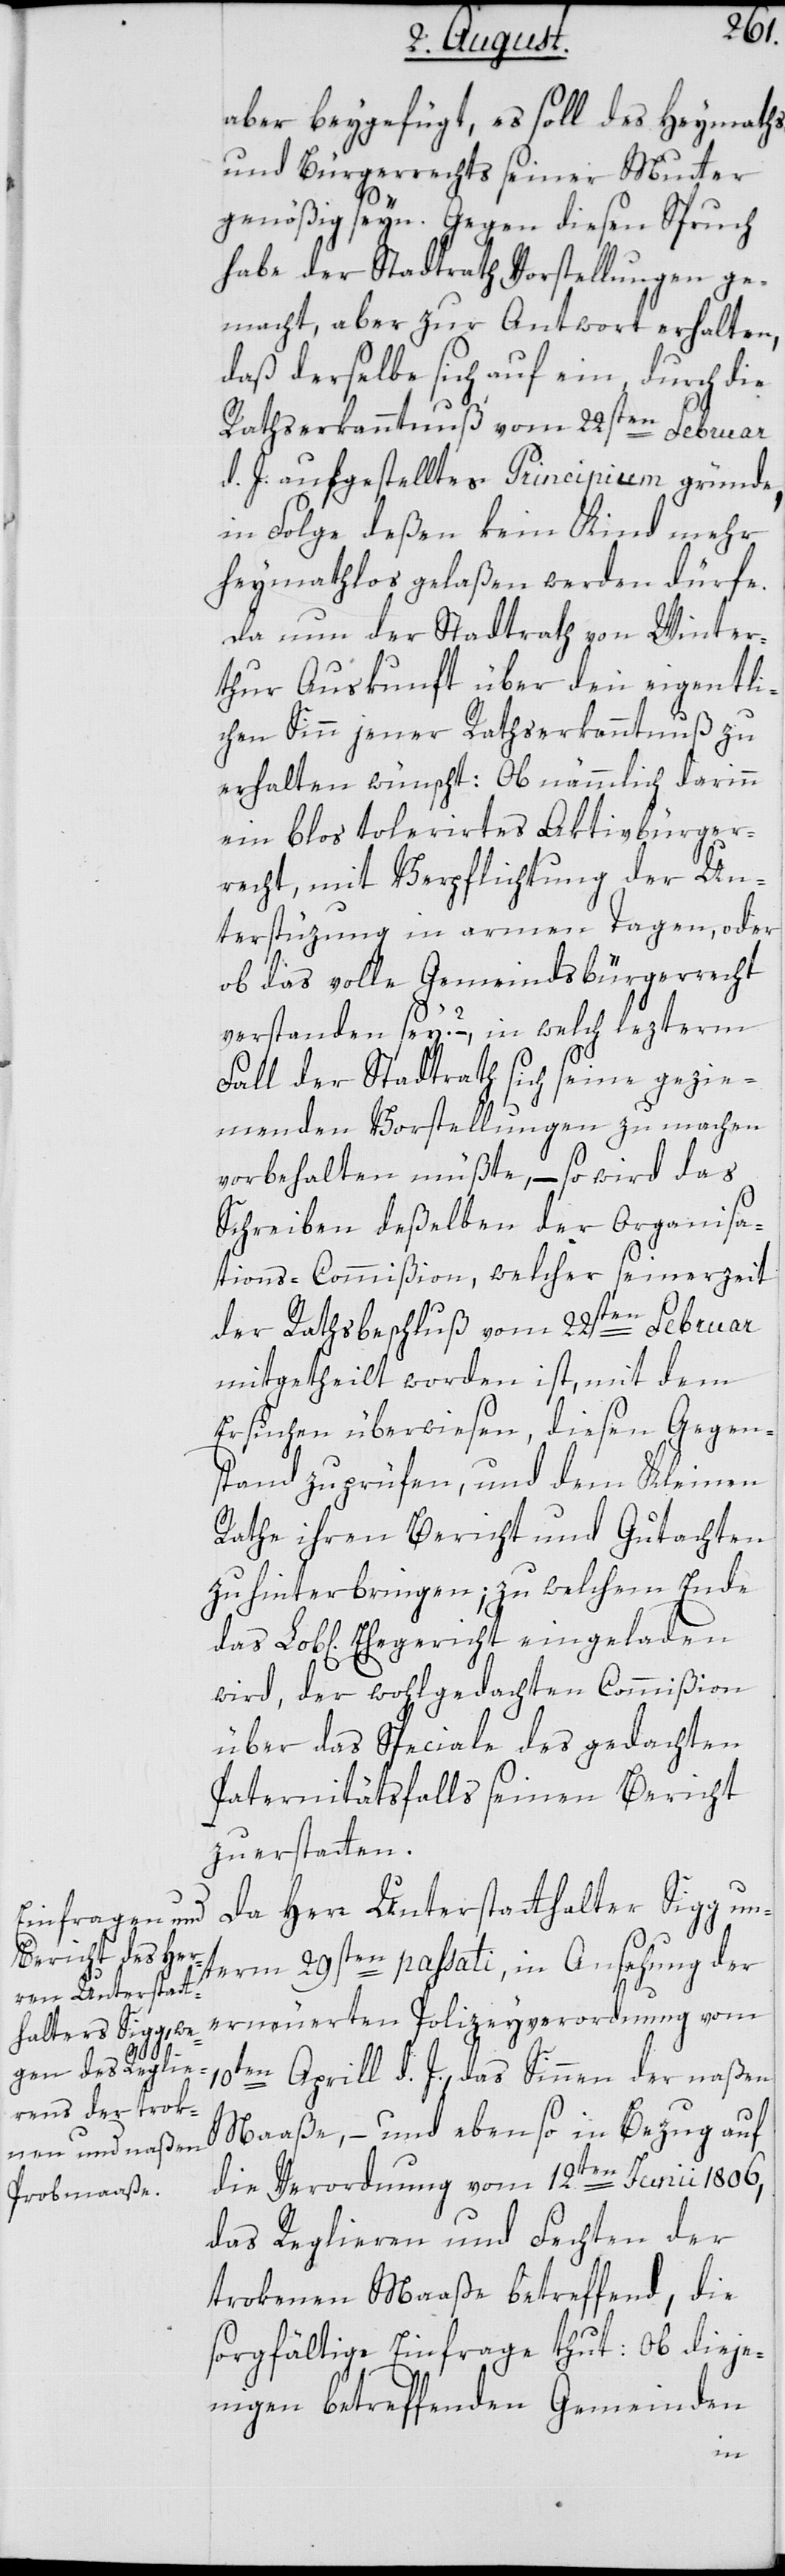
aber beygefügt, es soll des Heymaths-
und Bürgerrechts seiner Mutter
genößig seyn. Gegen diesen Spruch
habe der Stadtrath Vorstellungen ge¬
macht, aber zur Antwort erhalten,
daß derselbe sich auf ein durch die
Rathserkanntnuß vom 22sten Februar
d. J. aufgestelltes Principium gründe,
in Folge deßen kein Kind mehr
heymathlos gelaßen werden dürfe.
Da nun der Stadtrath von Winter¬
thur Auskunft über den eigentli¬
chen Sinn jener Rathserkanntnuß zu
erhalten wünscht: Ob nämmlich darinn
ein blos toleriertes Aktivbürger¬
recht, mit Verpflichtung der Un¬
terstüzung in armen Tagen, oder
ob das volle Gemeindsbürgerrecht
verstanden sey? – in welch lezterm
Fall der Stadtrath sich seine gezie¬
menden Vorstellungen zu machen
vorbehalten müßte, – so wird das
Schreiben deßelben der Organisa¬
tions-Commißion, welcher seinerzeit
der Rathsbeschluß vom 22sten Februar
mitgetheilt worden ist, mit dem
Ersuchen überwiesen, diesen Gegen¬
stand zu prüfen, und dem Kleinen
Rathe ihren Bericht und Gutachten
zu hinterbringen; zu welchem Ende
wird, der wohlgedachten Commißion
über das Speciale des gedachten
Paternitätsfalls seinen Bericht
zu erstatten.
Da Herr Unterstatthalter Sigg un¬
term 29sten passati, in Ansehung der
erneuerten Polizeyverordnung vom
das
10ten Aprill d. J., das Sinnen der naßen
Maaße, – und ebenso in Bezug auf
die Verordnung vom 12ten Junii 1806,
das Reglieren und Fechten der
trokenen Maaße betreffend, die
sorgfältige Einfrage thut: Ob dieje¬
nigen betreffenden Gemeinden